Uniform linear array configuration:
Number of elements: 4
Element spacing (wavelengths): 1
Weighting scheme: blackman
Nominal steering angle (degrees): -60
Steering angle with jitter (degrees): -58.701
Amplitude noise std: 0.05
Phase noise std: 0.05

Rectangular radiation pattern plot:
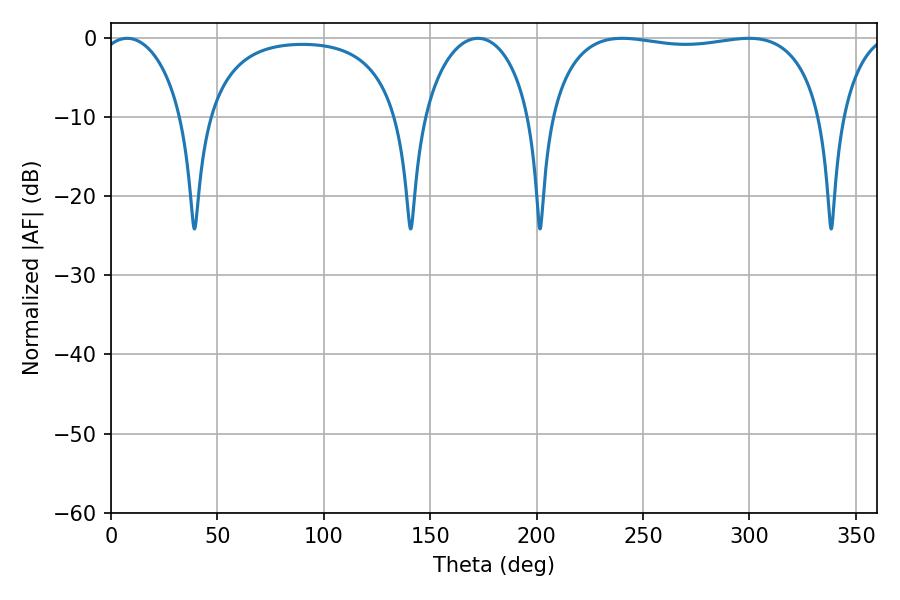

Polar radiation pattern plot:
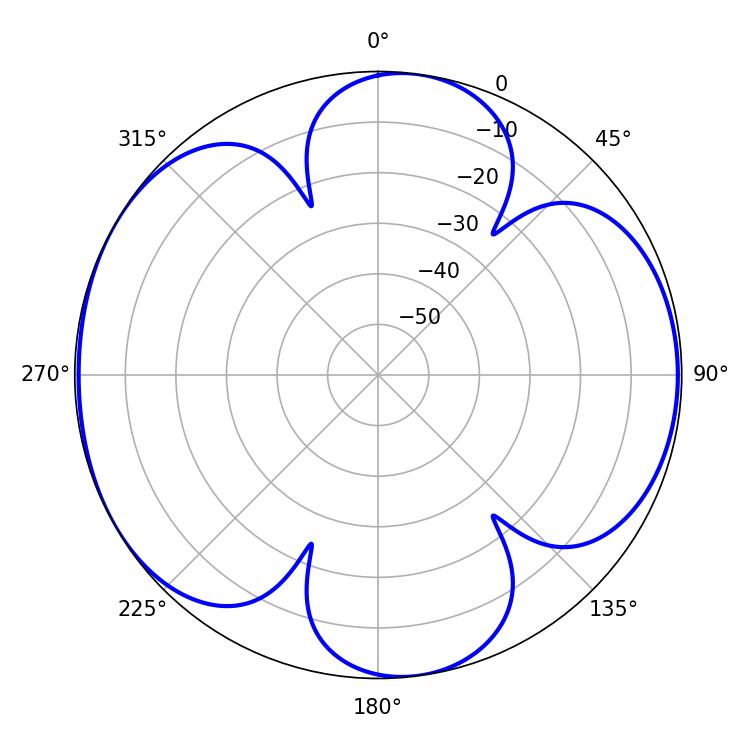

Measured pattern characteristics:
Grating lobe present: TRUE
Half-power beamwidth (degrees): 22.32
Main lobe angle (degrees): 7.56